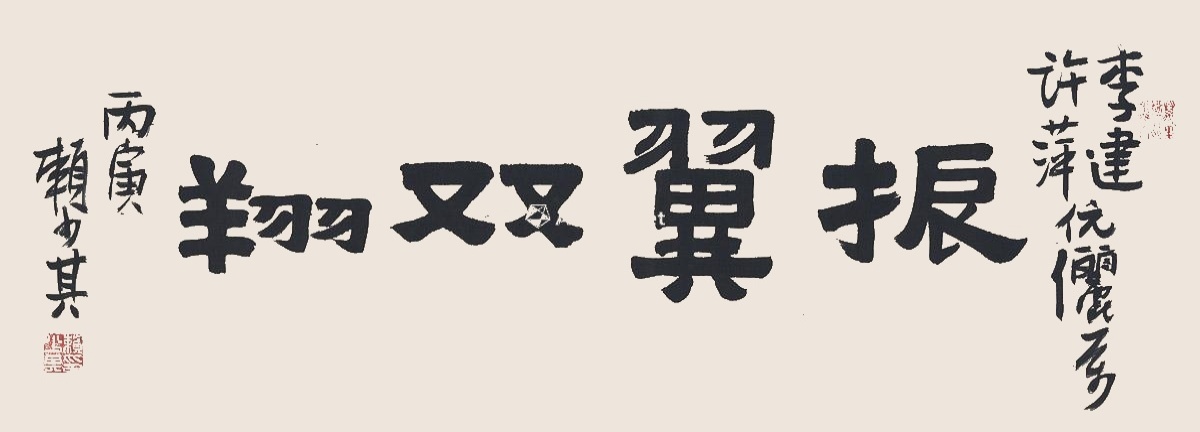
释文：振翼双翔。李建、许萍伉俪属。丙寅，赖少其。